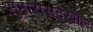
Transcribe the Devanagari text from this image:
सुमारासदेखील